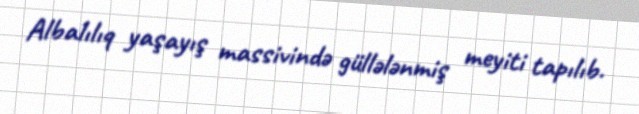
Albalılıq yaşayış massivində güllələnmiş meyiti tapılıb.